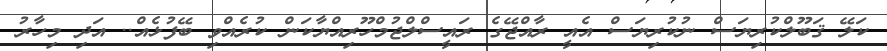
ކަލޭ ޤަބޫލްކުރިޔަސް ނުކުރިޔަސް އެއީ ރާއްޖޭގެ ރައީސްލްޖުމްހޫރިއްޔާކަން ކުރެއްވި ބޭފުޅެއް.. އަދި މިހާރު